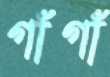
গাঁগাঁ